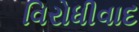
વિરોધીવાદ